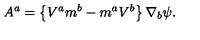
A ^ { a } = \left\{ V ^ { a } m ^ { b } - m ^ { a } V ^ { b } \right\} \nabla _ { b } \psi .